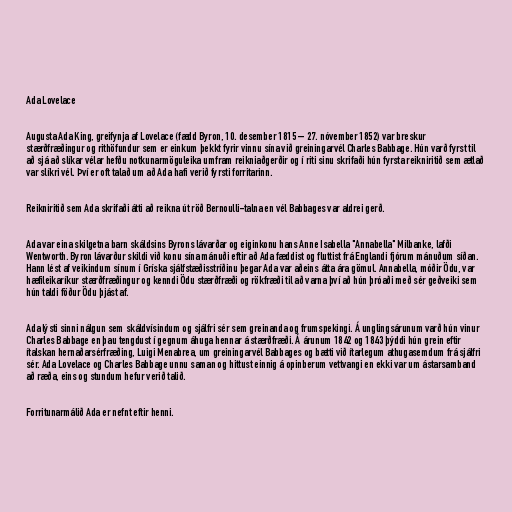
Ada Lovelace

Augusta Ada King, greifynja af Lovelace (fædd Byron, 10. desember 1815 – 27. nóvember 1852) var breskur
stærðfræðingur og rithöfundur sem er einkum þekkt fyrir vinnu sína við greiningarvél Charles Babbage. Hún varð fyrst til
að sjá að slíkar vélar hefðu notkunarmöguleika umfram reikniaðgerðir og í riti sinu skrifaði hún fyrsta reikniritið sem ætlað
var slíkri vél. Því er oft talað um að Ada hafi verið fyrsti forritarinn.

Reikniritið sem Ada skrifaði átti að reikna út röð Bernoulli-talna en vél Babbages var aldrei gerð.

Ada var eina skilgetna barn skáldsins Byrons lávarðar og eiginkonu hans Anne Isabella "Annabella" Milbanke, lafði
Wentworth. Byron lávarður skildi við konu sína mánuði eftir að Ada fæddist og fluttist frá Englandi fjórum mánuðum síðan.
Hann lést af veikindum sínum í Gríska sjálfstæðisstríðinu þegar Ada var aðeins átta ára gömul. Annabella, móðir Ödu, var
hæfileikaríkur stærðfræðingur og kenndi Ödu stærðfræði og rökfræði til að varna því að hún þróaði með sér geðveiki sem
hún taldi föður Ödu þjást af.

Ada lýsti sinni nálgun sem skáldvísindum og sjálfri sér sem greinanda og frumspekingi. Á unglingsárunum varð hún vinur
Charles Babbage en þau tengdust í gegnum áhuga hennar á stærðfræði. Á árunum 1842 og 1843 þýddi hún grein eftir
ítalskan hernaðarsérfræðing, Luigi Menabrea, um greiningarvél Babbages og bætti við ítarlegum athugasemdum frá sjálfri
sér. Ada Lovelace og Charles Babbage unnu saman og hittust einnig á opinberum vettvangi en ekki var um ástarsamband
að ræða, eins og stundum hefur verið talið.

Forritunarmálið Ada er nefnt eftir henni.